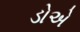
ડોએ